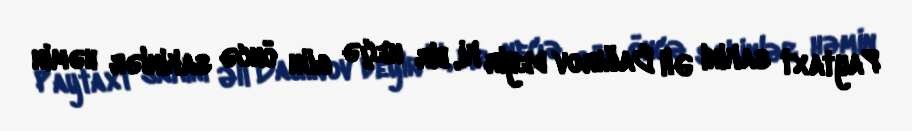
Paytaxt sakini Əli Bağırov deyir ki, bir neçə gün öncə sakinlər həmin